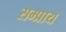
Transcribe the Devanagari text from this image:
सम्प्राय